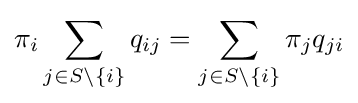
\pi _{i}\sum _{j\in S\setminus \{i\}}q_{ij}=\sum _{j\in S\setminus \{i\}}\pi _{j}q_{ji}